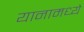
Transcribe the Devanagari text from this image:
यानामध्ये